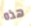
هذه